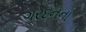
ગરદનના